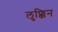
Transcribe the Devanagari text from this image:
लुफ्किन